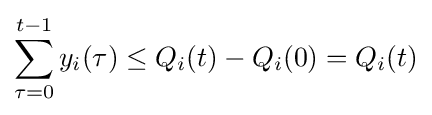
\sum _{\tau =0}^{t-1}y_{i}(\tau )\leq Q_{i}(t)-Q_{i}(0)=Q_{i}(t)